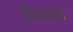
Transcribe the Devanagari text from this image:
पिराइसा